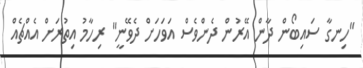
"ހިނގާ ސައިބޯން ދާން އޭރުން ދެންވެސް އަވަހަށް ދެވޭނީ" ރިހާމު އިތުރަށް އެއްޗެއް